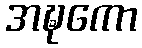
အဍ္ဎကော